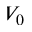
V _ { 0 }